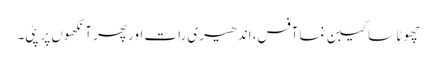
چھوٹا سا کیبن نما آفس، اندھیری رات اور پھر آنکھوں پر پٹی۔